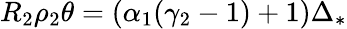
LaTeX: R_{2}\rho_{2}\theta=(\alpha_{1}(\gamma_{2}-1)+1)\Delta_{*}